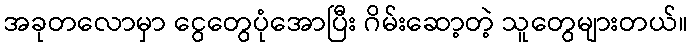
အခုတလောမှာ ငွေတွေပုံအောပြီး ဂိမ်းဆော့တဲ့ သူတွေများတယ်။